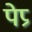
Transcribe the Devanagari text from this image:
पेप्र